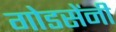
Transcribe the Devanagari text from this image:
गोडसेंनी